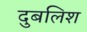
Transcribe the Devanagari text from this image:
दुबलिश